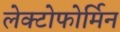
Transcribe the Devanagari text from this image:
लेक्टोफोर्मिन